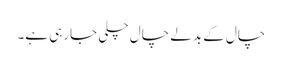
چال کے بدلے چال چلی جارہی ہے۔